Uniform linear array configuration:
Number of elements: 24
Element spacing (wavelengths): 0.5
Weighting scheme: hann
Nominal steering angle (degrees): -15
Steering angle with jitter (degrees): -16.579
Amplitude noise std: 0.05
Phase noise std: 0.05

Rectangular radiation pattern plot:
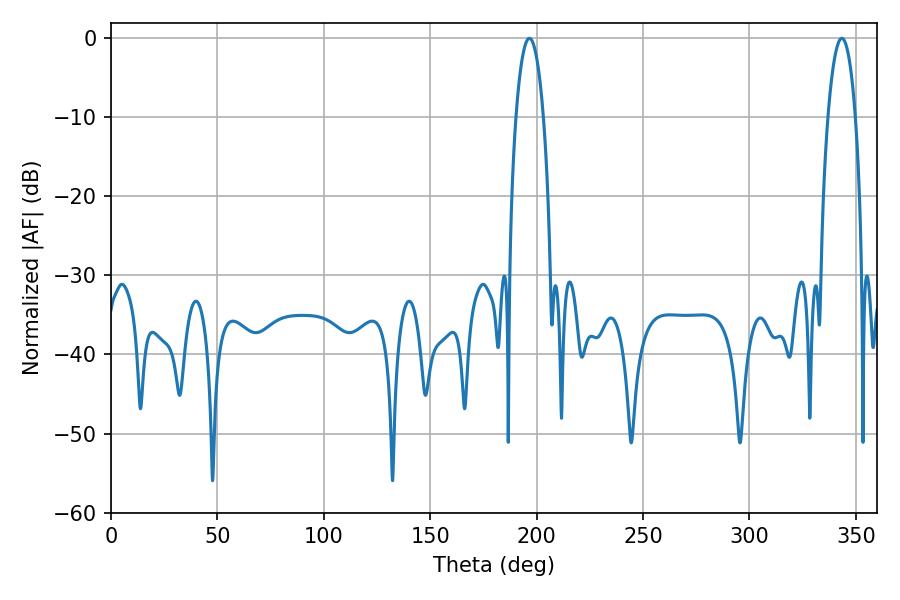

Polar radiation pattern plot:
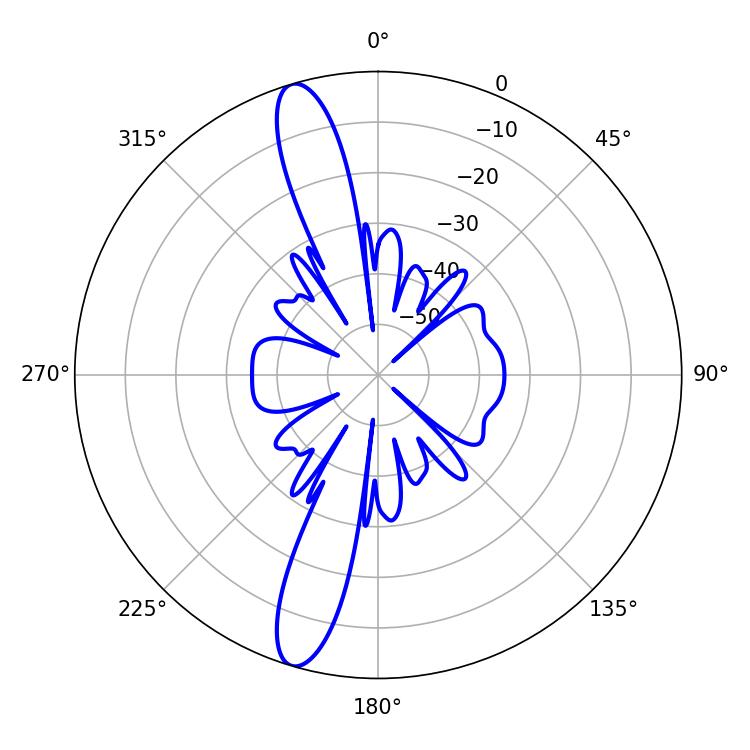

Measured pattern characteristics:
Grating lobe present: FALSE
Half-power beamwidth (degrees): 7.2
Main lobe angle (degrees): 196.56